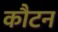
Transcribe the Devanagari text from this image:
कौटन